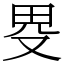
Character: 𤰯